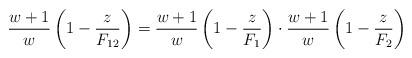
LaTeX: \begin{align*}\frac {w+1}{w} \left( 1 - \frac {z}{F_{12}}\right) = \frac {w+1}{w} \left( 1 - \frac {z}{F_1}\right) \cdot \frac {w+1}{w} \left( 1 - \frac {z}{F_2}\right)\end{align*}